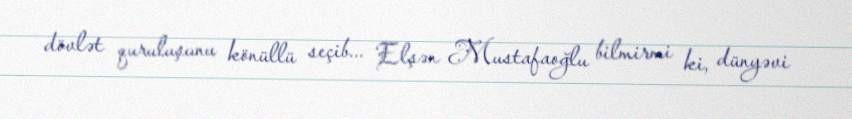
dövlət quruluşunu könüllü seçib... Elşən Mustafaoğlu bilmirmi ki, dünyəvi